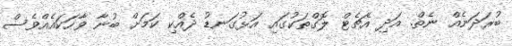
ބުރަދަނެއް ނެތް. އަދި އެޗެޓް ލޮގްތަކުގައި އަޅުގަނޑު ދެއްކި ކަމަށް ބުނާ ވާހަކައެއްވެސް